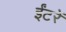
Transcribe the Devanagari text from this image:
ईंटरें